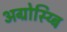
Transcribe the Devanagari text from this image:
अग्रोस्य्बि